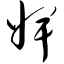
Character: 婢